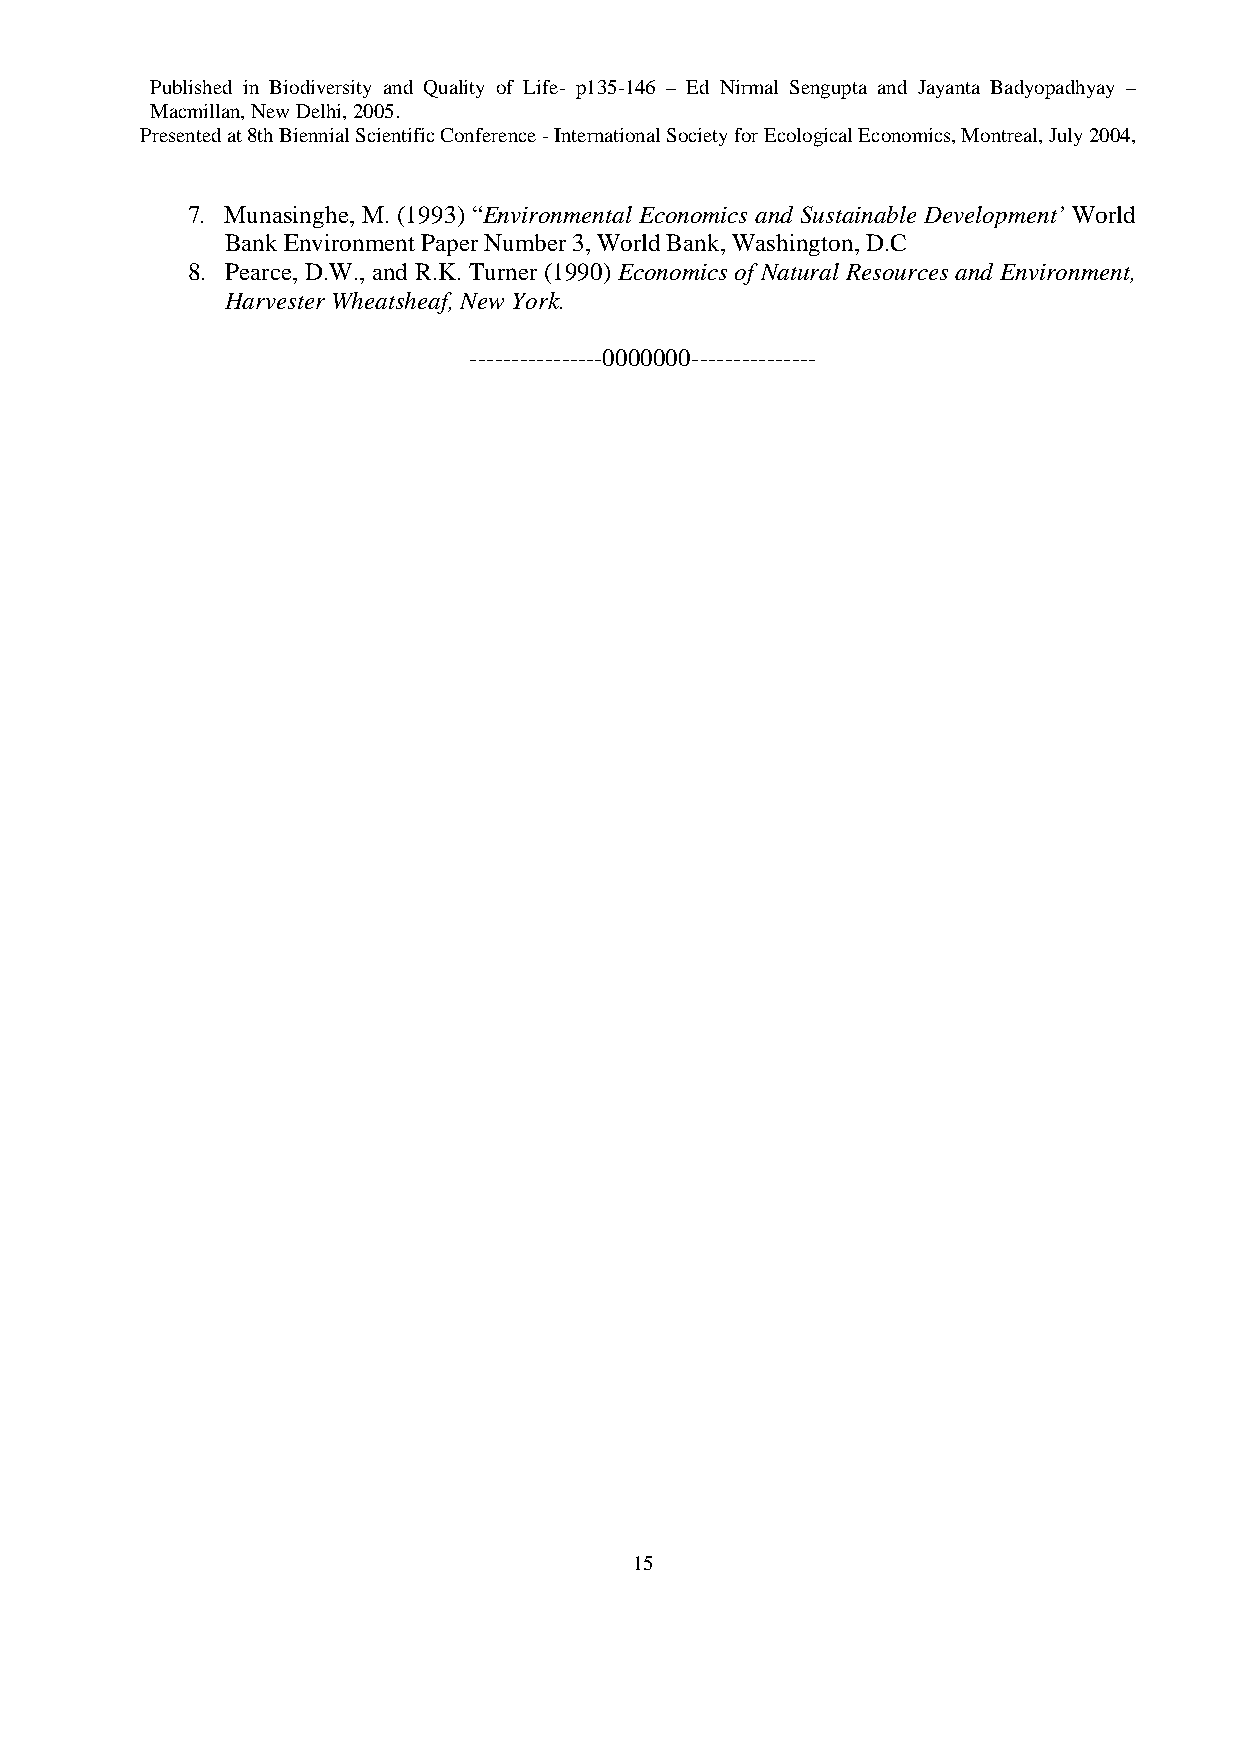
Published in Biodiversity and Quality of Life- p135-146 – Ed Nirmal Sengupta and Jayanta Badyopadhyay –
 Macmillan, New Delhi, 2005.
 Presented at 8th Biennial Scientific Conference - International Society for Ecological Economics, Montreal, July 2004,
 7. Munasinghe, M. (1993) “Environmental Economics and Sustainable Development’ World
 Bank Environment Paper Number 3, World Bank, Washington, D.C
 8. Pearce, D.W., and R.K. Turner (1990) Economics of Natural Resources and Environment,
 Harvester Wheatsheaf, New York.
 ----------------0000000---------------
 15